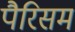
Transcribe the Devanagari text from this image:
पैरिसम